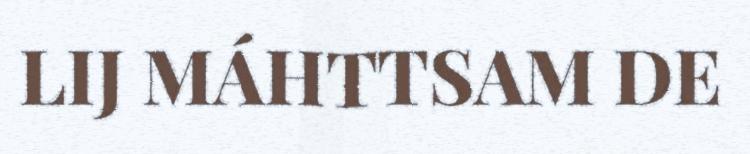
LIJ MÁHTTSAM DE